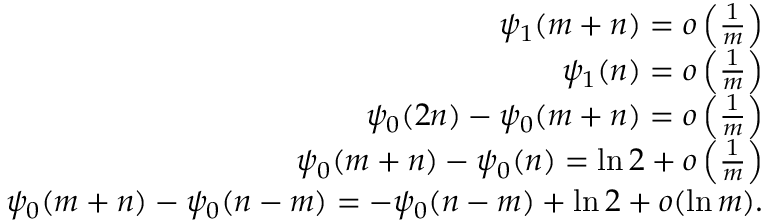
\begin{array} { r } { \psi _ { 1 } ( m + n ) = o \left( \frac { 1 } { m } \right) } \\ { \psi _ { 1 } ( n ) = o \left( \frac { 1 } { m } \right) } \\ { \psi _ { 0 } ( 2 n ) - \psi _ { 0 } ( m + n ) = o \left( \frac { 1 } { m } \right) } \\ { \psi _ { 0 } ( m + n ) - \psi _ { 0 } ( n ) = \ln 2 + o \left( \frac { 1 } { m } \right) } \\ { \psi _ { 0 } ( m + n ) - \psi _ { 0 } ( n - m ) = - \psi _ { 0 } ( n - m ) + \ln 2 + o ( \ln m ) . } \end{array}